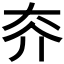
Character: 𡗦